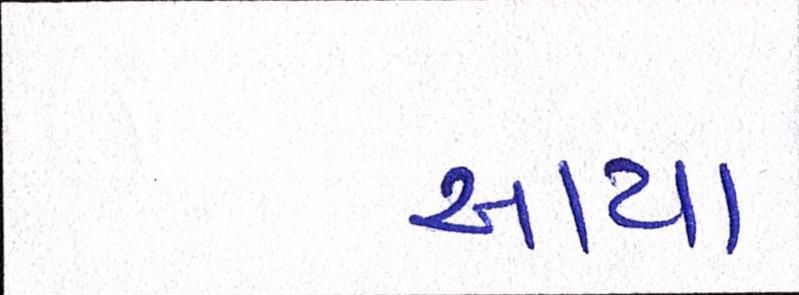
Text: આયા